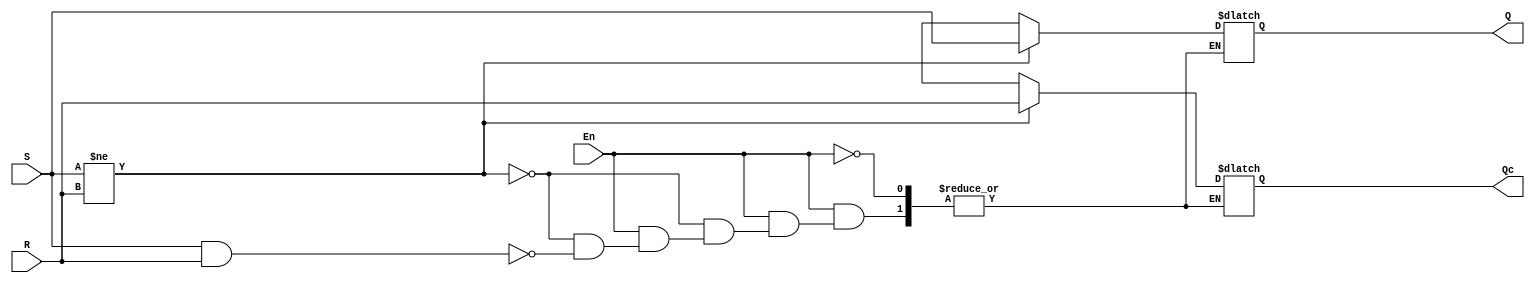
// S-R NOR LATCH

module srlatch (S, R, En, Q, Qc);
	input S, R;
	input En;
	output Q, Qc;
	reg Q,Qc;
	always @(S or R or En)
		begin
			if(En)
			begin
				if(S!=R)
				begin
					Q=S;
					Qc=R;
				end

				else if(S==1 && R==1)
				begin
					Q=1'bZ;
					Qc=1'bZ;
				end
			end
		end
endmodule